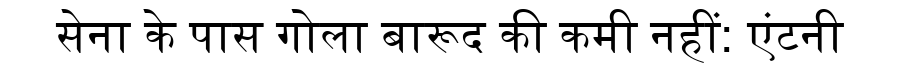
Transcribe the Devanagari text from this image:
सेना के पास गोला बारूद की कमी नहीं: एंटनी